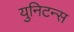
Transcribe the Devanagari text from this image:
युनिटन्स